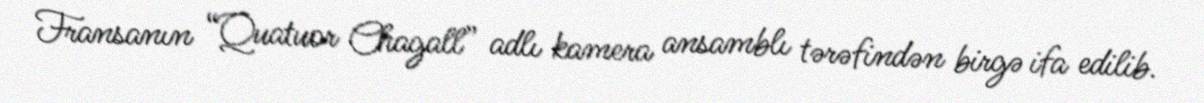
Fransanın “Quatuor Chagall” adlı kamera ansamblı tərəfindən birgə ifa edilib.